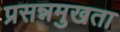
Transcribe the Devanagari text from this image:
प्रसन्नमुखता